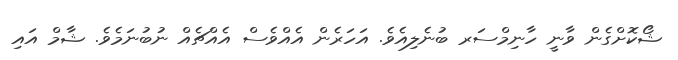
ޝޯކޮށްގެން ވާނީ ހާނިމްސަރ ބުނެލިއެވެ. އަހަރެން އެއްވެސް އެއްޗެއް ނުބުނަމެވެ. ޝާމް އައި